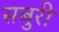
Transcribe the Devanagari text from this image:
सबुरी